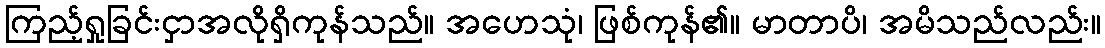
ကြည့်ရှုခြင်းငှာအလိုရှိကုန်သည်။ အဟေသုံ၊ ဖြစ်ကုန်၏။ မာတာပိ၊ အမိသည်လည်း။